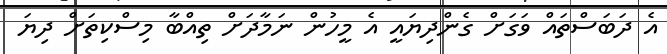
އެ ދަބަސްތައް ވަގަށް ގެންދިޔައީ އެ މީހުން ނަމާދަށް ތިއްބާ މިސްކިތަށް ދިޔަ